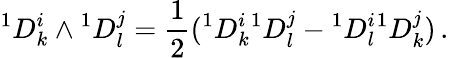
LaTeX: {}^{1}D_{k}^{i}\wedge{}^{1}D_{l}^{j}=\frac{1}{2}({}^{1}D_{k}^{i}{}^{1}D_{l}^{j}-{}^{1}D_{l}^{i}{}^{1}D_{k}^{j})\, .